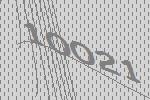
10021